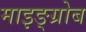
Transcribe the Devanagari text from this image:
माइङ्ग्रोब